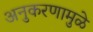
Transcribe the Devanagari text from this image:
अनुकरणामुळे